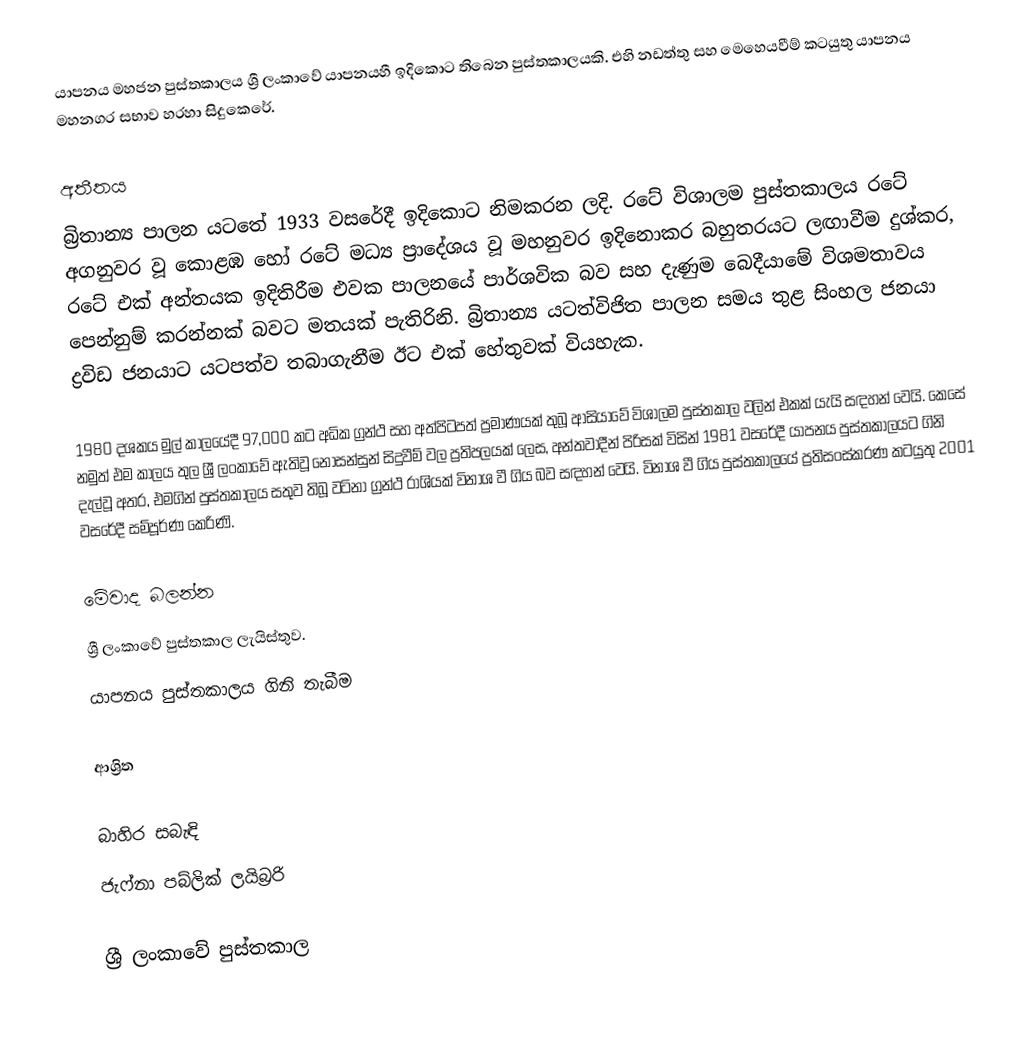
යාපනය මහජන පුස්තකාලය ශ්‍රී ලංකාවේ යාපනයහී ඉදිකොට තිබෙන පුස්තකාලයකි. එහි නඩත්තු සහ මෙහෙයවීම් කටයුතු යාපනය මහනගර සභාව හරහා සිදුකෙරේ.

අතීතය
බ්‍රිතාන්‍ය පාලන යටතේ 1933 වසරේදී ඉදිකොට නිමකරන ලදි. රටේ විශාලම පුස්තකාලය රටේ අගනුවර වූ කොළඹ හෝ රටේ මධ්‍ය   ප්‍රාදේශය වූ මහනුවර ඉදිනොකර බහුතරයට ලඟාවීම දුශ්කර, රටේ එක් අන්තයක ඉදිතිරීම එවක පාලනයේ පාර්ශවික බව සහ දැණුම බෙදීයාමේ විශමතාවය පෙන්නුම් කරන්නක් බවට මතයක් පැතිරිනි. බ්‍රිතාන්‍ය යටත්විජිත පාලන සමය තුළ සිංහල ජනයා ද්‍රවිඩ ජනයාට යටපත්ව තබාගැනීම ඊට එක් හේතුවක් වියහැක.

1980 දශකය මුල් කාලයේදී 97,000 කට අධික ග්‍රන්ථ සහ අත්පිටපත් ප්‍රමාණයක් තුබූ ආසියාවේ විශාලම පුස්තකාල වලින් එකක් යැයි සඳහන් වෙයි. කෙසේ නමුත් එම කාලය තුල ශ්‍රී ලංකාවේ ඇතිවූ නොසන්සුන් සිදුවීම් වල ප්‍රතිපලයක් ලෙස, අන්තවාදීන් පිරිසක් විසින් 1981 වසරේදී යාපනය පුස්තකාලයට ගිනි දැල්වූ අතර, එමගින් පුස්තකාලය සතුව තිබූ වටිනා ග්‍රන්ථ රාශියක් විනාශ වී ගිය බව සඳහන් වෙයි. විනාශ වී ගිය පුස්තකාලයේ ප්‍රතිසංස්කරණ කටයුතු 2001 වසරේදී සම්පූර්ණ කෙරිණි.

මේවාද බලන්න
 ශ්‍රී ලංකාවේ පුස්තකාල ලැයිස්තුව.
 යාපනය පුස්තකාලය ගිනි තැබීම

ආශ්‍රිත

බාහිර සබැඳි
ජැෆ්නා පබ්ලික් ලයිබ්‍රරි

ශ්‍රී ලංකාවේ පුස්තකාල